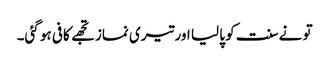
تو نےسنت کو پا لیا اور تیری نماز تجھے کافی ہو گئی۔